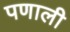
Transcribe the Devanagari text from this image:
पणाली